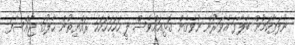
ނުލަފާކަމުން ބާލާފަ އެވަރުން ނުވެގެން ގޮޅިއައްވެސް ލީ ހަހަހަހަހަހަ ރައްޔިތުން ހާލުގަ ޖައްސާފަ